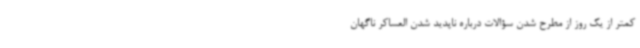
کمتر از یک روز از مطرح شدن سؤالات درباره ناپدید شدن العساکر ناگهان